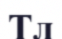
Тл